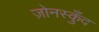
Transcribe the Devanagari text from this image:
ज़ोनस्कुँद